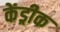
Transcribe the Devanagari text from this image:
केंड्रीक